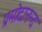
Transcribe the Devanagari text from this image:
प्रमोदानन्द